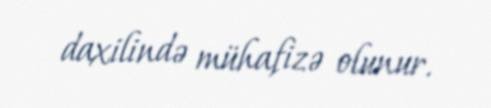
daxilində mühafizə olunur.